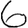
Digit: 6